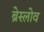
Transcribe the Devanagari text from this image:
ब्रेस्लोव